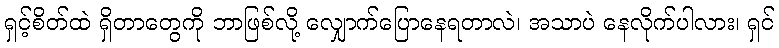
ရှင့်စိတ်ထဲ ရှိတာတွေကို ဘာဖြစ်လို့ လျှောက်ပြောနေရတာလဲ၊ အသာပဲ နေလိုက်ပါလား၊ ရှင်